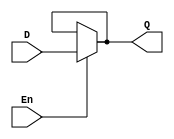
//behavioural modeling of D flipflop
module d_flipflop(D,Q,En);
input D,En;            //input        
output Q;              //output
assign Q = En ? D : Q;    //conditional statement
endmodule